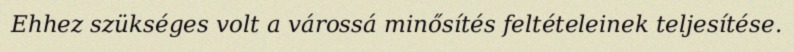
Ehhez szükséges volt a várossá minősítés feltételeinek teljesítése.